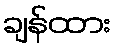
ချန်ထား